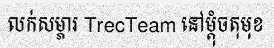
លក់សម្ភារ TrecTeam នៅម្តុំចតុមុខ